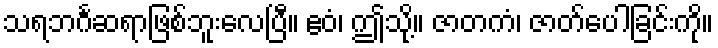
သရဘင်္ဂဆရာဖြစ်ဘူးလေပြီ။ ဧဝံ၊ ဤသို့။ ဇာတကံ၊ ဇာတ်ပေါခြင်းကို။